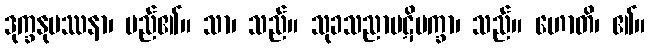
ဒုက္ခနုပဿနာ၊ မည်၏။ သာ၊ သည်။ သုခသညာပဋိပက္ခာ၊ သည်။ ဟောတိ၊ ၏။